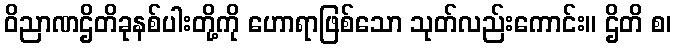
ဝိညာဏဌိတိခုနစ်ပါးတို့ကို ဟောရာဖြစ်သော သုတ်လည်းကောင်း။ ဌိတိ စ၊